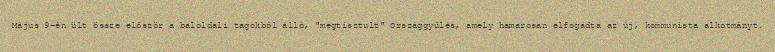
Május 9-én ült össze először a baloldali tagokból álló, "megtisztult" Országgyűlés, amely hamarosan elfogadta az új, kommunista alkotmányt.